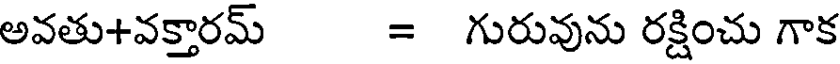
అవతు+వక్తారమ్ = గురువును రక్షించు గాక